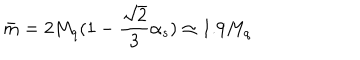
LaTeX: \bar { m } = 2 M _ { q } ( 1 - \frac { \sqrt { 2 } } { 3 } \alpha _ { s } ) \simeq 1 . 9 M _ { q }